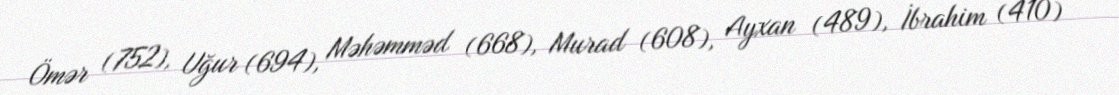
Ömər (752), Uğur (694), Məhəmməd (668), Murad (608), Ayxan (489), İbrahim (410)